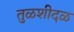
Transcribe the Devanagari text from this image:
तुळशीदळ